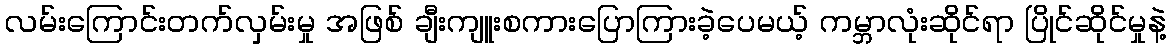
လမ်းကြောင်းတက်လှမ်းမှု အဖြစ် ချီးကျူးစကားပြောကြားခဲ့ပေမယ့် ကမ္ဘာလုံးဆိုင်ရာ ပြိုင်ဆိုင်မှုနဲ့